Tezpur Lunatic Asylum reports 1895-1904 - 1895-1904
Year: 1895
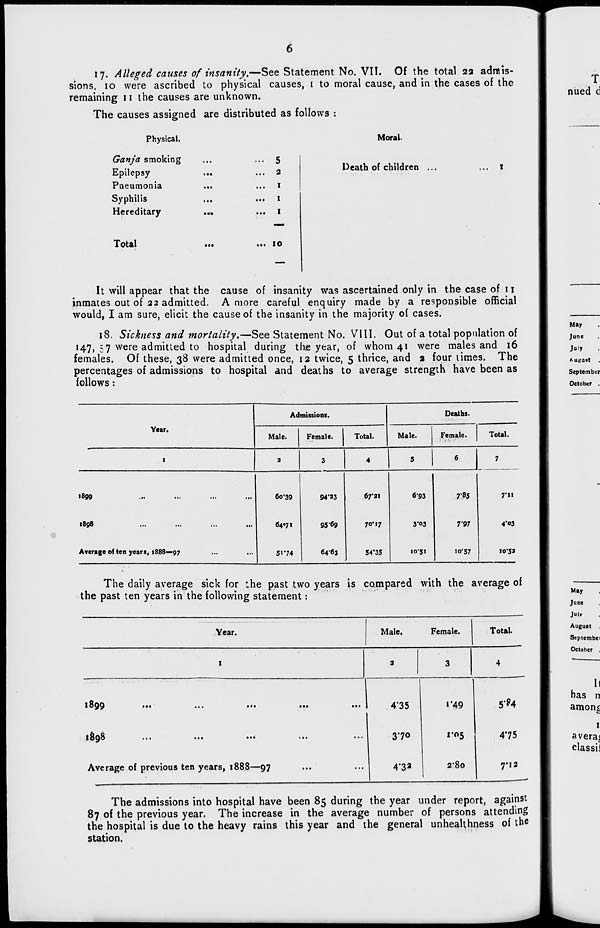
17. Alleged causes of insanity.—See Statement No. VII. Of the total 22 admis-
sions, 10 were ascribed to physical causes, 1 to moral cause, and in the cases of the
remaining 11 the causes are unknown.
The causes assigned are distributed as follows :
Physical.
Ganja smoking
Epilepsy
Pneumonia
Syphilis
Hereditary
Total
... 2
... 1
... 1
... 1
... 10
Moral-
Death of children ...
It will appear that the cause of insanity was ascertained only in the case of 11
inmates out of 22 admitted. A more careful enquiry made by a responsible official
would, I am sure, elicit the cause of the insanity in the majority of cases.
18. Sickness and mortality.—See Statement No. VIII. Out of a total population of
14.7, 57 were admitted to hospital during the year, of whom 41 were males and 16
females. Of these, 38 were admitted once, 12 twice, 5 thrice, and 2 four limes. The
percentages of admissions to hospital and deaths to average strength have been as
follows:
•
1899
1898
Average of ten years, 1888—97
Year.
Admissions.
Deaths.
Male.
Female.
Total.
Male.
Female.
Total.
1
a
3
4
5
6
7
60*39
94'»3
67*21
6-93
7-85
64*71
95*69
70*17
3*©3
7*97
5»*74
64*63
54*35
1051
io-57
7*»«
4-03
I0'53
The daily average sick for the past two years is compared with the average of
the past ten years in the following statement:
Year.
Male.
Female.
Total.
1899
189b
...
Average of previous ten years, 1888—97
4*35
370
4'33
1*49
•r\e
I 05
280
5^4
475
7*12
The admissions into hospital have been 85 during the year under report, against
87 of the previous year. The increase in the average number of persons attending
the hospital is due to the heavy rains this year and the general unhealthness of the
station.